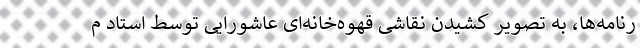
رنامه‌ها، به تصویر کشیدن نقاشی قهوه‌خانه‌ای عاشورایی توسط استاد م